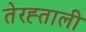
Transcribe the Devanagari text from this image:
तेरह्ताली